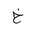
Letter: _kha